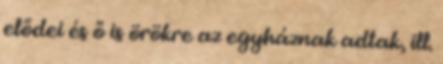
elődei és ő is örökre az egyháznak adtak, ill.